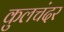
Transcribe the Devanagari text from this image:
कुलचंदर